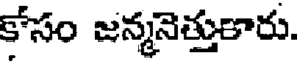
కోసం జన్మనెత్తుకారు.